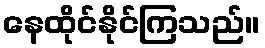
နေထိုင်နိုင်ကြသည်။